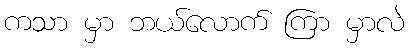
ကသာ မှာ ဘယ်လောက် ကြာ မှာလဲ